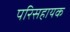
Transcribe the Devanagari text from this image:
परिसहायक